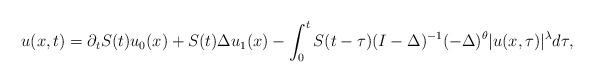
LaTeX: \begin{align*}u(x,t)&=\partial_t S(t) u_0(x)+S(t)\Delta u_1(x) -\int_0^t S(t-\tau)( I-\Delta)^{-1} (-\Delta)^{\theta}|u(x,\tau)|^{\lambda} d\tau,\end{align*}